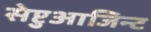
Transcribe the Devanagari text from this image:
सेप्टुआजिन्ट